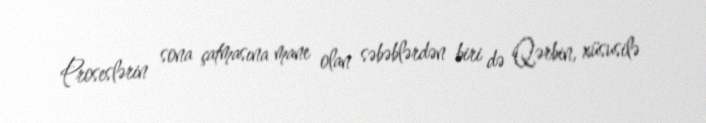
Proseslərin sona çatmasına mane olan səbəblərdən biri də Qərbin, xüsusilə